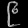
Digit: ၉